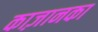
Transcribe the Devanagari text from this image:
काज़ानका